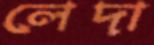
লেদা